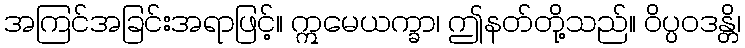
အကြင်အခြင်းအရာဖြင့်။ ဣမေယက္ခာ၊ ဤနတ်တို့သည်။ ဝိပ္ပဝဒန္တိ၊